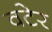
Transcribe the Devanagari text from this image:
वटेर